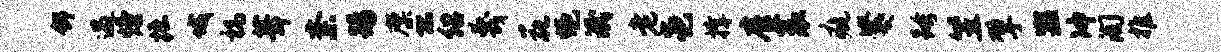
舒遇熳掘城祸葺紊踢廪恐绍蔑花悒泯老邑撑雇蓑疵爨跨笠擘盥冲淘推